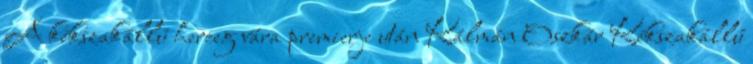
A kékszakállú herceg vára premierje után Kálmán Oszkár Kékszakállú